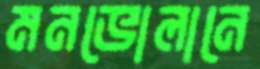
মনভোলানে